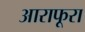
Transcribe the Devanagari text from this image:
आराफूरा